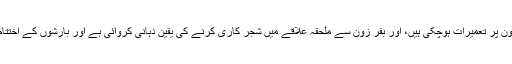
انہوں نے کا کہ چیرمین سی ڈی اے نے تسلیم کیا ہے کہ بفر زون پر تعمیرات ہوچکی ہیں، اور بفر زون سے ملحقہ علاقے میں شجر کاری کرنے کی یقین دہانی کروائی ہے اور بارشوں کے اختتام پر پیڈسٹرین پل کی تعمیرات کی یقین دہانی دہانی کروائی ہے۔